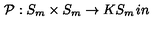
{ \cal P } : S _ { m } \times S _ { m } \rightarrow K S _ { m } \hspace { 1 i n }